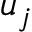
u _ { j }